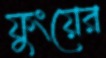
ফুংয়ের